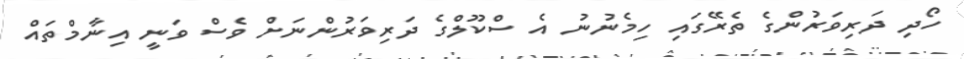
ހޯދި ދަރިވަރުންގެ ތެރޭގައި ހިމެނުނު އެ ސްކޫލްގެ ދަރިވަރުންނަށް ވެސް ވަނީ އިނާމްތައް